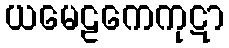
ယမေဠကေကုဋာ